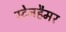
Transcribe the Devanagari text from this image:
स्टेनहैमर